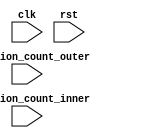
module nested_while_loop (
    input wire clk,
    input wire rst,
    input wire [7:0] iteration_count_outer,
    input wire [7:0] iteration_count_inner
);

reg [7:0] count_outer;
reg [7:0] count_inner;

always @(posedge clk or posedge rst) begin
    if (rst) begin
        count_outer <= 0;
        count_inner <= 0;
    end else begin
        if (count_outer < iteration_count_outer) begin
            count_outer <= count_outer + 1;
            count_inner <= 0;
        end
        if (count_inner < iteration_count_inner) begin
            count_inner <= count_inner + 1;
            // Inner loop operation
        end
    end
end

endmodule